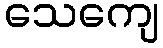
သေကျေ